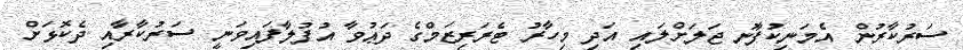
ސަރުކާރުން އެމަނިކުފާނު ޖަލަށްލައި އަދި މިހާރު ޓެރަރިޒަމްގެ ދަޢުވާ އުފުލާފައިވަނީ ސަރުކާރާއި ދެކޮޅަށް